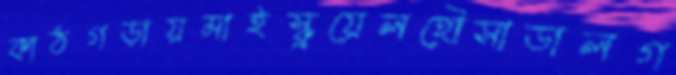
কাঠগড়ায়মাইস্কুয়েলহৌসাডালগ